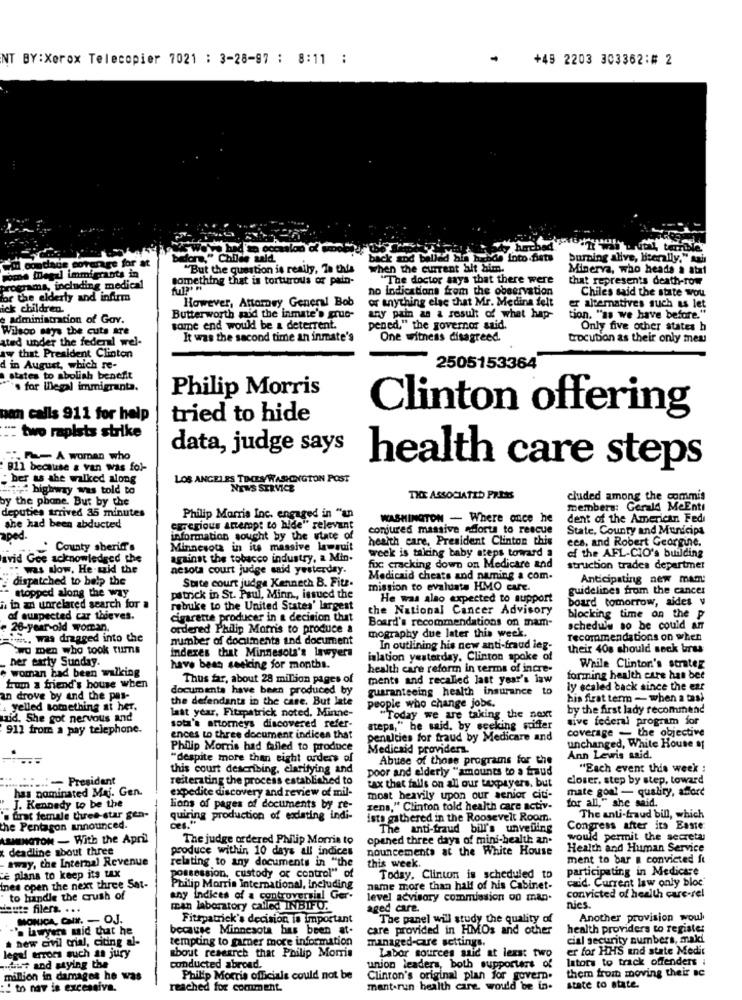
NT BY:Xerox Telecopier 7021 : 3-28-97 : 8:11 :
+49 2203 303362:# 2
y horched
average for at
one," Childe sald.
back tod ballad bin heide into fiets
burning alive, literally." sais
"But the question is really, Ta this
when the current alt him.
Minerva, who heads a ataf
Fome megal immigrants in
something that is torturous of pain-
"The doctor says that there were
that represents death-row
rograma, including medical
no indications from the observation
Chiles said the state wou
for the elderly and infirm
However, Attorney General Bob
or anything else that Mr. Medina felt
ick children.
er alternatives such as let
administration of Gov.
Butterworth mid the inmate's grue-
any pain as a result of what hap-
tion. "as we have before."
Wilson says the cuts are
tame end would be a deterrent.
pened," the governor said.
Only five other states h
ated under the federal wel-
It was the second time an inmate's
One witness disagreed.
trocution as their only meu
aw that President Clinton
d in August, which re-
2505153364
states to abolish benefit
's for illegal immigranta.
Philip Morris
ban calls 911 for help
tried to hide
Clinton offering
two rapists strike
data, judge says
- A woman who
B11 because & van was fol-
health care steps
: her as she walked along
LOS ANGELES TIMES WASONGTON POST
## highway was told to
NEWS SERVICE
by the phone. But by the
THE ASSOCIATED PRESS
cluded among the commis
deputies arrived 35 minutes
members: Gerald MeEnti
Philip Morris Inc. engaged in "an
WASHINGTON - Where once he
dent of the American Fedi
she had been abducted
corerious attempt to hide" relevant
conjured massive edorta to rescue
State, County and Municipa
aped.
information sought by the state of
health care, President Clinton this
ees, and Robert Georgine.
County sheriff's
Minnesota in its massive lawsuit
avid Gee acknowledged the
against the tobacco industry, a Min-
week is taking baby steps toward a
of the AFL-CIO's building
: was dow, He .wid the
nesota court judge said yesterday.
foc cracking down on Medicare and
struction trades departmer
dispatched to help the
Suite court judge Kennech B. Fite-
Medicaid cheats and naming a com-
Anticipating new mam
stopped along the way
mission to evaluate HMO care.
guidelines from the cancer
patrick in St. Paul, Minn ., issued the
He was also expected to support
board tomorrow, aides v
i in an unrelated search for a
rebuke to the United States' largest
the National Cancer Advisory
af suspected car thieves.
cigarette producer in a decision that
Board's recommendations on mam-
blocking time on the p
- 26-year-old woman.
ordered Philip Morris to produce &
schedule so be could an
io, was dragged into the
number of documents and document
mography due later this week.
recommendations on when
two men who took tums
In outlining his new anti-fraud leg-
their 408 should sock bras
ner early Sunday.
indexes that Minnesota's lawyers
islation yesterday, Clinton spoke of
have been seeking for months.
health care reform in terms of incre-
While Clinton's strater
+ woman had been walking
Thus far, about 28 million pages of
ments and recalled last year's law
forming health care han bee
from a friend's house when
documents have been produced by
guaranteeing health insurance to
ly scaled back since the ear
an drove by and the pas-
the defendants in the case. But late
his firat term - when a tast
. yelled something at her.
last year, Fitzpatrick noted. Minne-
people who change jobs.
by the first lady recommend
aid, She got nervous and
"Today we are taking the next
sive federal program for
911 from a pay telephone.
sota's attorneys discovered refer-
steps," he said, by seeking pointer
coverage - the objective
ences to three document indices that
penulties for fraud by Medicare and
Philip Morris had failed to produce
Medicaid providers.
unchanged, White House of
"despite more than eight orders of
Abuse of those programs for the
Ann Lewis said.
this court describing, clarifying and
poor and elderly "amounts to a fraud
"Each event this week :
:- President
reiterating the process established to
closer. step by step, toward
has nominated Maj. Gen.
expedite discovery and review of mil-
tax thet falls on all our taxpayers. but
mate goal - quality, amort
most heavily upon our senior citi-
J. Kennedy to be the
lions of pages of documents by re-
zens," Clinton told health care activ-
for all," she said.
's first female three-star gen-
quiring production of eodlating indi-
ists gathered in the Roosevelt Room.
The anti-fraud bill, which
the Pentagon announced.
The anti-fraud bill's unvelling
Congress after its Easte
ASHINGTON - With the April
The judge ordered Philip Morris to
opened three days of mini-health an.
would permit the secrety
x deadline about three
produce within 10 days all indices
nouncements at the White House
Health and Human Service
- tway, the Internal Revenue
relating to any documents in "the
ment to bar a convicted ft
this week.
participating in Medicare
e plans to keep its tax
possession, custody or control" of
Today, Clinton is scheduled to
exid. Current law only bloc.
ines open the next three Sat-
Philip Morris International, including
name more than half of his Cabinet-
to handle the crush of
any indices of a controversial Ger-
level advisory commission on man.
convicted of health care-rel
Heute filen. ...
man laboratory called INBIFO.
aged care.
nies.
MONICA, CHE. - OJ.
Fitzpatrick's decision is important
The panel will study the quality of
Another provision woul
because Minnesota bas been at.
care provided in HMOs and other
health providers to register
new civil trial, citing al-
lawyers mid that he
tempting to gamer more information
cial security numbers, maki
shout research that Philip Morris
managed-care settings.
Labor sources said at least two
er for HHS and state Medit
legal errors such an jury
lators to track offenders :
peut and saying the
conducted abroad.
union leaders, both supporters of
them from moving their ac
million in damages he was
Philip Morris officials could not be
Clinton's original plan for govern.
to nav is excessiva.
reached for comment.
mant-run health care. would be in.
state to state.